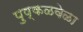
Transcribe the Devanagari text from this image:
पुष्कळवेळा